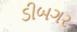
ડીબગર